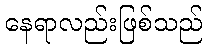
နေရာလည်းဖြစ်သည်